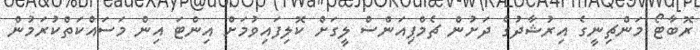
ރޮބާޓޯ މަންޗިނީގެ އިރުޝާދުގެ ދަށުން ޗެމްޕިއަންސް ލީގަށް ކޮލިފައިވުމަށް އިންޓަ އިން މަސައްކަތްކުރަމުން